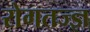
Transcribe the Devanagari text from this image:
रोगतज्ज्ञ